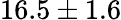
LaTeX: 16.5\pm 1.6